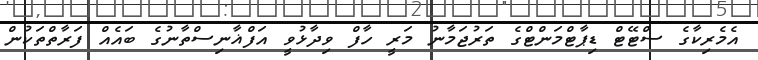
އެމެރިކާގެ ސްޓޭޓް ޑިޕާޓްމަންޓްގެ ތަރުޖަމާނު މަރީ ހާފް ވިދާޅުވީ އަފްޣާނިސްތާނުގެ ބައެއް ފަރާތްތަކުން